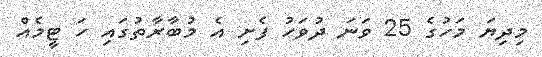
މިދިޔަ މަހުގެ 25 ވަނަ ދުވަހު ފެށި އެ މުބާރާތުގައި ހަ ޓީމެއް